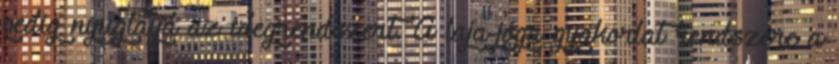
pedig nyugtatja az idegrendszert. A laja-jóga gyakorlat rendszere a